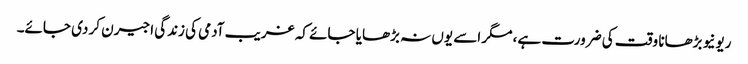
ریونیو بڑھانا وقت کی ضرورت ہے، مگر اسے یوں نہ بڑھایا جائے کہ غریب آدمی کی زندگی اجیرن کر دی جائے۔